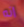
انه